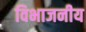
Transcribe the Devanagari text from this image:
विभाजनीय